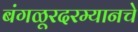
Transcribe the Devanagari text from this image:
बंगळूरदरम्यानचे